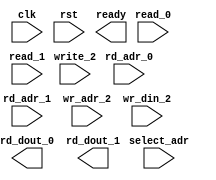
module mem_2r1w (
  clk, rst, ready,
  select_adr,
  read_0,  rd_adr_0, rd_dout_0,
  read_1,  rd_adr_1, rd_dout_1,
  write_2, wr_adr_2, wr_din_2
);

parameter NUMADDR = 8;
parameter BITADDR = 3;
parameter BITDATA = 1;
parameter SRAM_DELAY = 0;

//Reset init logic.
parameter RSTINIT = 0; 
parameter RSTSTRT = 0;
parameter RSTINCR = 0;

//Used only for formal. 
parameter FORMAL_FULL = 0;

input                 clk;
input                 rst;
output                ready;
input                 read_0;
input  [BITADDR-1:0]  rd_adr_0;
output [BITDATA-1:0]  rd_dout_0;
input                 read_1;
input  [BITADDR-1:0]  rd_adr_1;
output [BITDATA-1:0]  rd_dout_1;
input                 write_2;
input  [BITADDR-1:0]  wr_adr_2;
input  [BITDATA-1:0]  wr_din_2;
input  [BITADDR-1:0]  select_adr;

`ifdef FORMAL
assign ready = !rst;

generate if(FORMAL_FULL) begin : full_formal
  wire [BITDATA-1:0]  rd_dout_0_tmp;
  wire [BITDATA-1:0]  rd_dout_1_tmp;
  reg [BITDATA-1:0] mem [0:NUMADDR-1];
  always @(posedge clk)
    if (rst)
      for (integer i=0; i<NUMADDR; i++)
        mem[i] <= RSTINIT ? RSTSTRT + i*RSTINCR : 'hx;
    else 
      if (write_2)
        mem[wr_adr_2] <= wr_din_2;
  shift #(.BITDATA(2*BITDATA), .DELAY(SRAM_DELAY)) delay_0(.clk(clk), .din({mem[rd_adr_0], mem[rd_adr_1]}), .dout({rd_dout_0_tmp, rd_dout_1_tmp}));
  assume_mem_dout_0_check: assume property (@(posedge clk) disable iff(rst) read_0 |-> ##SRAM_DELAY rd_dout_0 == rd_dout_0_tmp);
  assume_mem_dout_1_check: assume property (@(posedge clk) disable iff(rst) read_1 |-> ##SRAM_DELAY rd_dout_1 == rd_dout_1_tmp);
end
else begin : select_formal
  wire [BITDATA-1:0]  rd_dout_tmp;
  reg [BITDATA-1:0] mem;
  always @(posedge clk)
    if (rst)
      mem <= RSTINIT ? RSTSTRT : 'hx;
    else 
      if (write_2 && (wr_adr_2==select_adr))
        mem <= wr_din_2;

  shift #(.BITDATA(BITDATA), .DELAY(SRAM_DELAY)) delay_0(.clk(clk), .din({mem}), .dout({rd_dout_tmp}));
  assume_mem_dout_0_check: assume property (@(posedge clk) disable iff(rst) read_0 && rd_adr_0==select_adr |-> ##SRAM_DELAY rd_dout_0 == rd_dout_tmp);
  assume_mem_dout_1_check: assume property (@(posedge clk) disable iff(rst) read_1 && rd_adr_1==select_adr |-> ##SRAM_DELAY rd_dout_1 == rd_dout_tmp);
end
endgenerate
`endif

endmodule